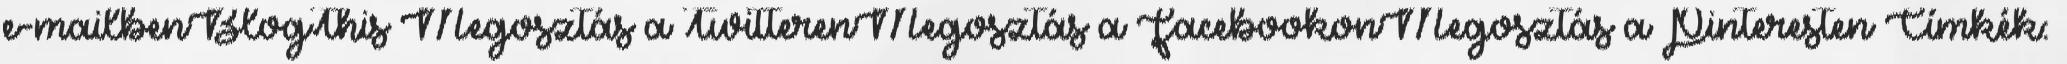
e-mailbenBlogThis Megosztás a TwitterenMegosztás a FacebookonMegosztás a Pinteresten Címkék: